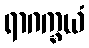
ရာဂက္ခယံ